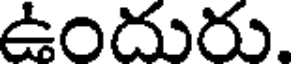
ఉందురు.